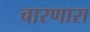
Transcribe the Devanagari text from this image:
चारणारा